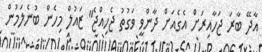
އާދޭ ބާރަ ޖަހާއިރަށް އެގެއަށް ދާންވީ ވަގުތު ޖެހިއްޖެ" ޒައުލް މިހެން ބުނެލަމުން